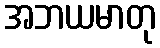
အဘယမာတု